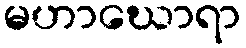
မဟာဃောရာ